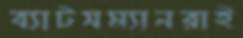
ব্যাটসম্যানরাই